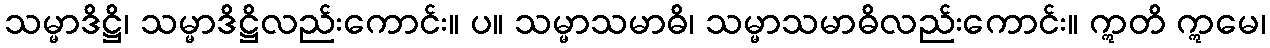
သမ္မာဒိဋ္ဌိ၊ သမ္မာဒိဋ္ဌိလည်းကောင်း။ ပ။ သမ္မာသမာဓိ၊ သမ္မာသမာဓိလည်းကောင်း။ ဣတိ ဣမေ၊